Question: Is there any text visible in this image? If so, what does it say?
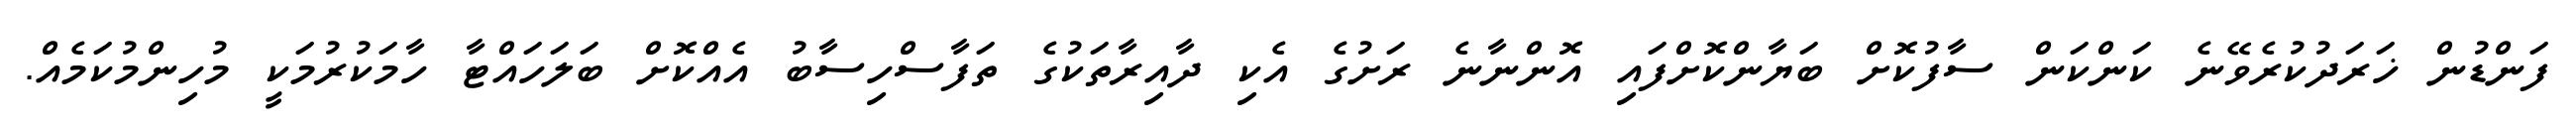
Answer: ފަންޑުން ޚަރަދުކުރެވޭނެ ކަންކަން ސާފުކޮށް ބަޔާންކޮށްފައި އޮންނާނެ ރަށުގެ އެކި ދާއިރާތަކުގެ ތަފާސްހިސާބު އެއްކޮށް ބަލަހައްޓާ ހާމަކުރުމަކީ މުހިންމުކަމެއް.